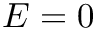
E = 0